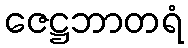
ဇေဋ္ဌဘာတရံ